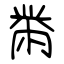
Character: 黹